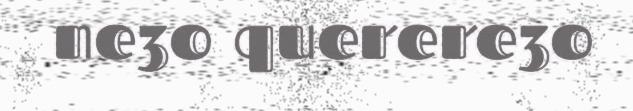
ne3o querere3o